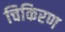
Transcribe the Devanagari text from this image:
चिकिरण